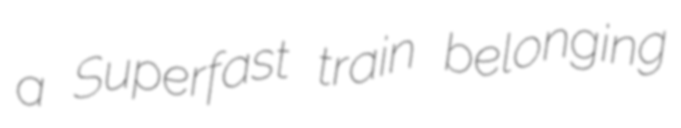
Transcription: a Superfast train belonging